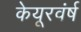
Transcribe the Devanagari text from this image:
केयूरवंर्ष